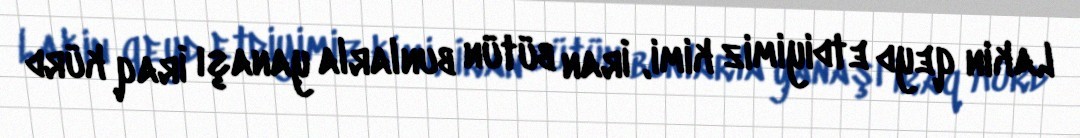
Lakin qeyd etdiyimiz kimi, İran bütün bunlarla yanaşı İraq kürd